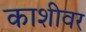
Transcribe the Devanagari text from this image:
काशीवर